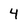
Character: 4